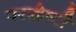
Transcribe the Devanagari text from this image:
परद्वेष्टी